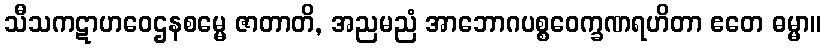
သီသကဋာဟဝေဌနစမ္မေ ဇာတာတိ, အညမညံ အာဘောဂပစ္စဝေက္ခဏရဟိတာ ဧတေ ဓမ္မာ။